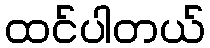
ထင်ပါတယ်